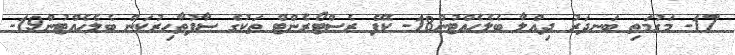
17- މަގުމަތި ބަނދަރު ދިއްލާ ބެލެހެއްޓުން18- ކެފޭ ރެސްޓޯރެންޓް ތަކުގެ ސާފުތާހިރުކަން ބެލެހެއްޓުން19-